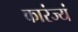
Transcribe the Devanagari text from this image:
कारंज्यं